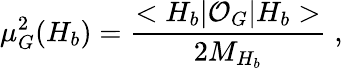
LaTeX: \mu_{G}^{2}(H_{b})={\frac{<H_{b}|{\cal O}_{G}|H_{b}>}{2M_{H_{b}}}}\; ,